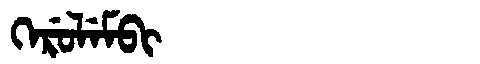
Manchu: ᡴᡝᡵᡠᠯᡝᠮᠪᡳ
Romanization: KERULEMBI